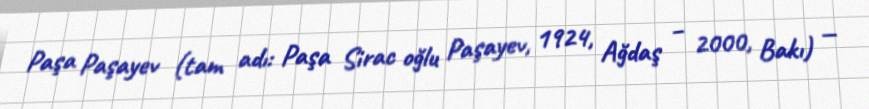
Paşa Paşayev (tam adı: Paşa Sirac oğlu Paşayev, 1924, Ağdaş – 2000, Bakı) —